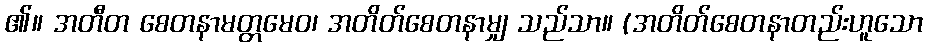
၏။ အတီတ စေတနာမတ္တမေဝ၊ အတိတ်စေတနာမျှ သည်သာ။ (အတိတ်စေတနာတည်းဟူသော